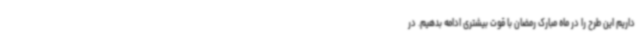
داریم این طرح را در ماه مبارک رمضان با قوت بیشتری ادامه بدهیم. در